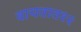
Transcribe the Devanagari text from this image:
वाचतात१२